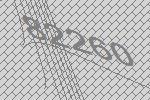
82260